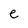
Character: e